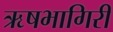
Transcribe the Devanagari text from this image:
ऋषभागिरी